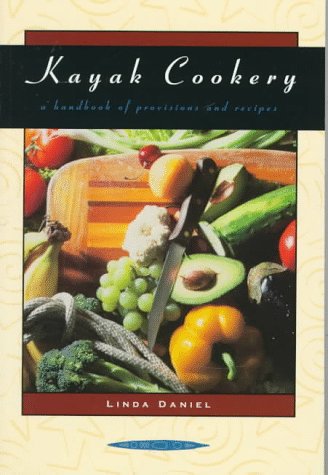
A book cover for Kayak Cookery: A Handbook of Provisions and Recipes, 2nd Edition; Linda Daniel; Cookbooks, Food & Wine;